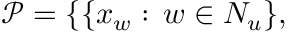
{ \mathcal P } = \{ \{ x _ { w } : \, w \in N _ { u } \} ,